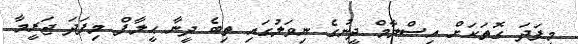
މިފަދަ ގޮތަކަށް އިސްލާމް ދީނުގެ ނިވަލުގައި ތިބެ ދީނާ ޙީލާފް މިފަދަ ޖަރީމާ